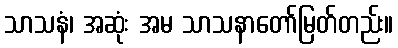
သာသနံ၊ အဆုံး အမ သာသနာတော်မြတ်တည်း။